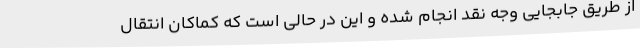
از طریق جابجایی وجه نقد انجام شده و این در حالی است که کماکان انتقال